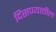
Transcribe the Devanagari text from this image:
दिसण्यातील